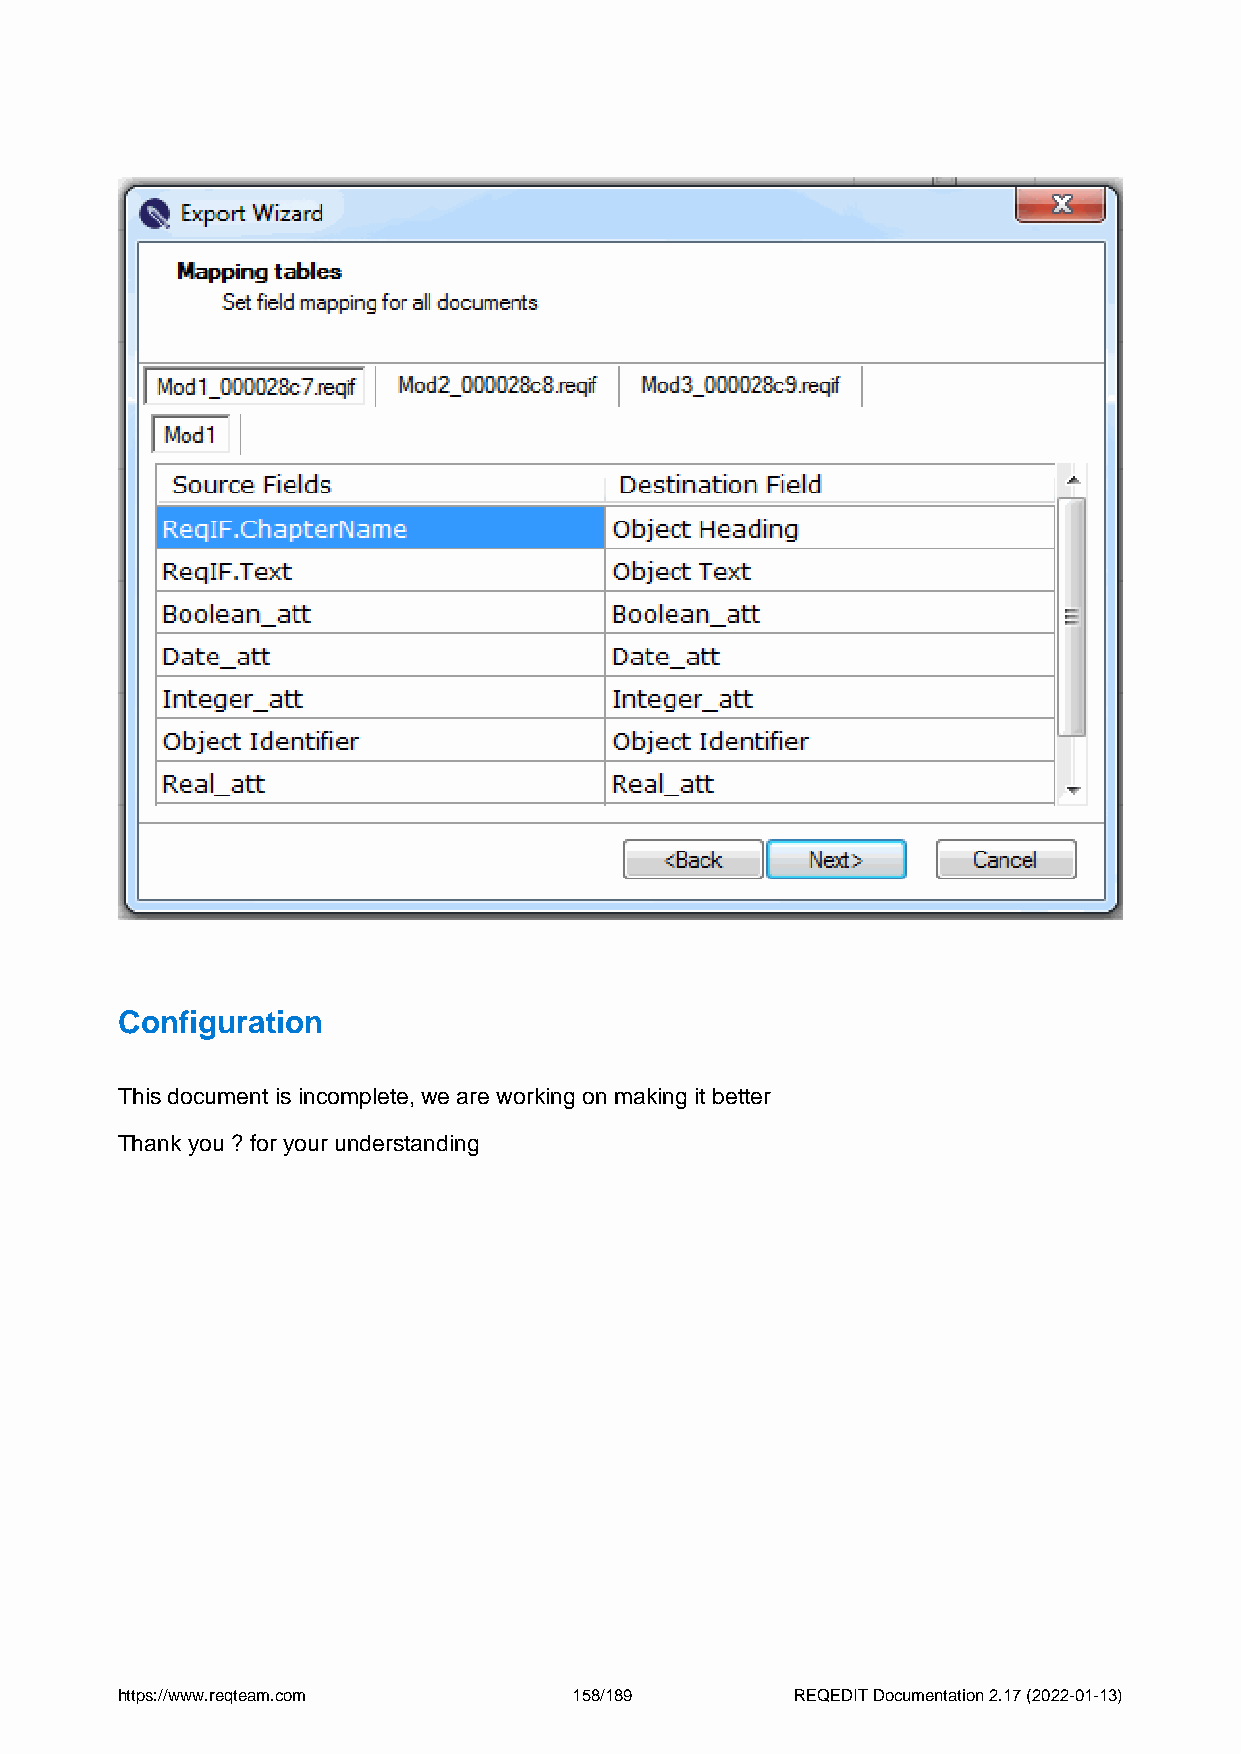
Configuration
 This document is incomplete, we are working on making it better
 Thank you ? for your understanding
 https://www.reqteam.com       158/189        REQEDIT Documentation 2.17 (2022-01-13)